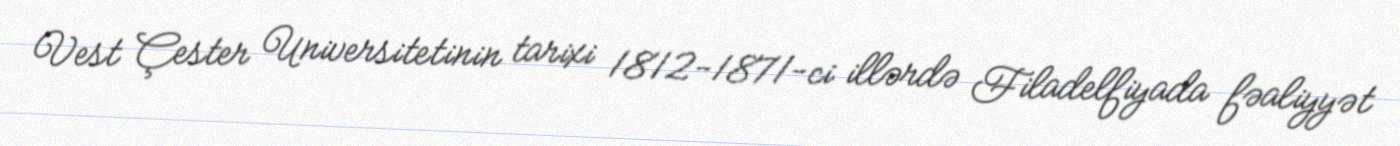
Vest Çester Universitetinin tarixi 1812-1871-ci illərdə Filadelfiyada fəaliyyət